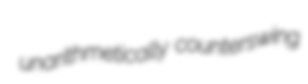
unarithmetically counterswing